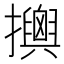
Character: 𢸯